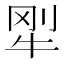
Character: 𱭭